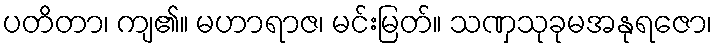
ပတိတာ၊ ကျ၏။ မဟာရာဇ၊ မင်းမြတ်။ သဏှသုခုမအနုရဇော၊